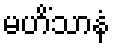
မဟိံသာနံ